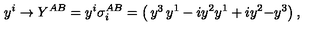
y ^ { i } \rightarrow Y ^ { A B } = y ^ { i } \sigma _ { i } ^ { A B } = \left( \begin{matrix} { y ^ { 3 } } & { y ^ { 1 } - i y ^ { 2 } } \\ { y ^ { 1 } + i y ^ { 2 } } & { - y ^ { 3 } } \\ \end{matrix} \right) ,